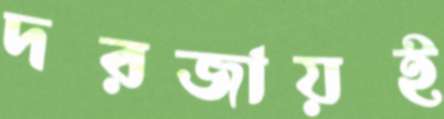
দরজায়ই